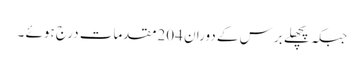
جبکہ پچھلے برس کے دوران 204مقدمات درج ہوئے ۔